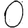
Digit: 0